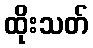
ထိုးသတ်